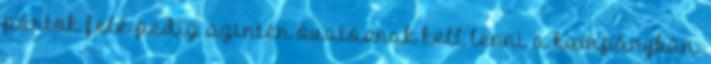
pártok felé pedig szintén óvatosnak kell lenni a kampányban.